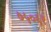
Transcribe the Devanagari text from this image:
७५०६१